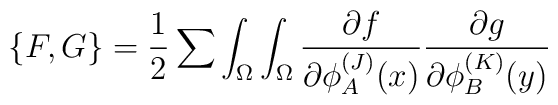
\{ F,G \} ={1\over 2}\sum \int_{\Omega}\int_{\Omega}{{\partial f} \over{\partial\phi_A^{(J)}(x)}} {{\partial g} \over{\partial\phi_B^{(K)}(y)}}